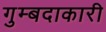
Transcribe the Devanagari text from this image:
गुम्बदाकारी